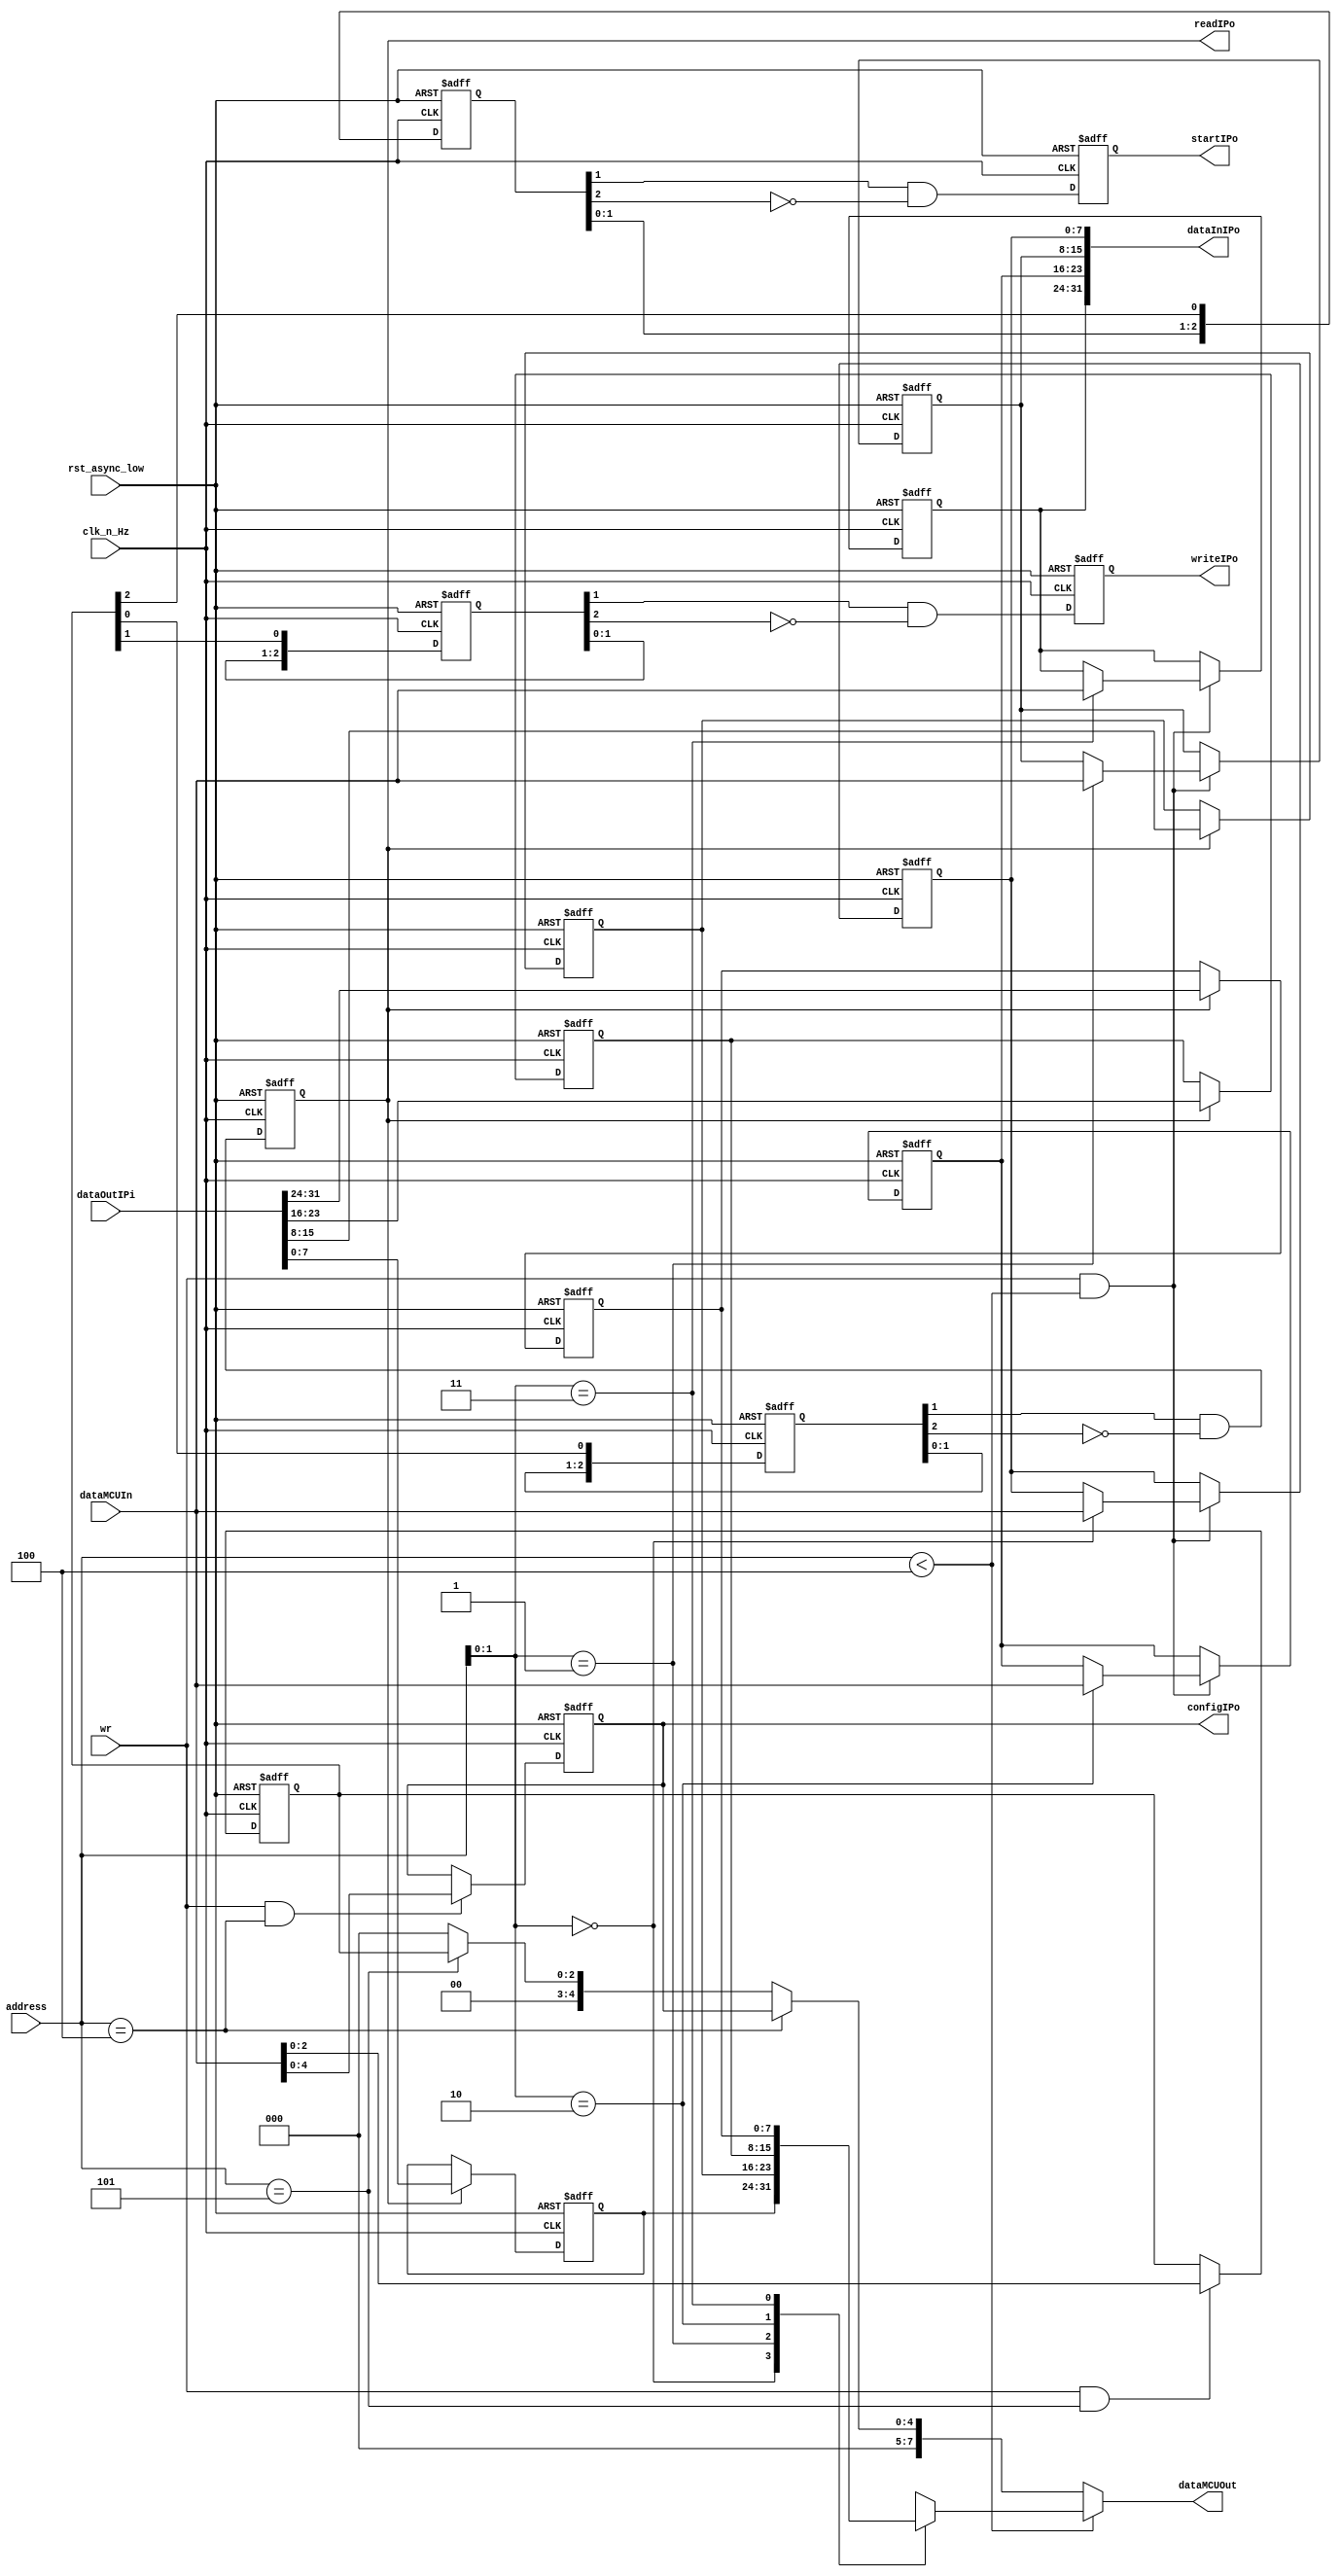
//  | Registers    | Addrs     | Size (bits)   |       
//  --------------------------------------------
//  | regDataIn    | 0 - 3     | 8             |
//  | regDataOut   | 0 - 3     | 8             |
//  | regConf      | 4         | 5             |
//  | regCtrl      | 5         | 3             |

//  | regCtrl               |
//  -------------------------
//  |   2   |   1   |   0   |
//  | START | WRITE | READ  |

module ipm_register
#(
    parameter DATA_WIDTH_MCU = 8,
    parameter ADDR_WIDTH = 4,
    parameter DATA_WIDTH_IP = 32,
    parameter CTRL_WIDTH = 3,
    parameter CONF_WIDTH = 5
)

(
    input                                   clk_n_Hz,
    input                                   rst_async_low,
    
    // MCU
    output  [DATA_WIDTH_MCU-1:0]            dataMCUOut,
    input   [DATA_WIDTH_MCU-1:0]            dataMCUIn,
    input                                   wr,
    input   [ADDR_WIDTH-1:0]                address,
    
    // IP
    output  [DATA_WIDTH_IP-1:0]             dataInIPo,
    output  [CONF_WIDTH-1:0]                configIPo,
    output                                  readIPo,
    output                                  writeIPo,
    output                                  startIPo,
    
    input   [DATA_WIDTH_IP-1:0]             dataOutIPi
    //input                                       INTstatusIPi
);

    reg     [DATA_WIDTH_MCU-1:0]            regDataIn   [0:3];
    reg     [DATA_WIDTH_MCU-1:0]            regDataOut  [0:3];
    reg     [CONF_WIDTH-1:0]                regConf;
    reg     [CTRL_WIDTH-1:0]                regCtrl;
    reg                                     enCtrl;
    reg     [2:0]                           edge_mem_wr;
    reg                                     regWRIP;
    reg     [2:0]                           edge_mem_rd;
    reg                                     regRDIP;
    reg     [2:0]                           edge_mem_st;
    reg                                     regSTIP;
    
    assign dataMCUOut = (address < 'd4)     ? regDataOut[address] :
                        (address == 'd4)    ? regConf   :
                        (address == 'd5)    ? regCtrl   : {DATA_WIDTH_MCU{1'b0}};

    // Dato del MCU hacia el IP
    always@(posedge clk_n_Hz or negedge rst_async_low) begin
        if (!rst_async_low) begin
            regDataIn [0] <= {DATA_WIDTH_MCU{1'b0}};
            regDataIn [1] <= {DATA_WIDTH_MCU{1'b0}};
            regDataIn [2] <= {DATA_WIDTH_MCU{1'b0}};
            regDataIn [3] <= {DATA_WIDTH_MCU{1'b0}};
        end
        else if(wr && address < 'd4)
            regDataIn [address] <= dataMCUIn;
    end
    
    assign dataInIPo = {regDataIn[3], regDataIn[2], regDataIn[1], regDataIn[0]};
    
    // Dato de la IP hacia el MCU
    always@(posedge clk_n_Hz or negedge rst_async_low) begin
        if (!rst_async_low) begin
            regDataOut [0] <= {DATA_WIDTH_MCU{1'b0}};
            regDataOut [1] <= {DATA_WIDTH_MCU{1'b0}};
            regDataOut [2] <= {DATA_WIDTH_MCU{1'b0}};
            regDataOut [3] <= {DATA_WIDTH_MCU{1'b0}};
        end
        else if(readIPo) begin
            regDataOut [0] <= dataOutIPi[7:0];
            regDataOut [1] <= dataOutIPi[15:8];
            regDataOut [2] <= dataOutIPi[23:16];
            regDataOut [3] <= dataOutIPi[31:24];
        end
    end

    // Config 
    always@(posedge clk_n_Hz or negedge rst_async_low) begin
        if (!rst_async_low)
            regConf <= {CONF_WIDTH{1'b0}};
        else if(wr && address == 'd4)
            regConf <= dataMCUIn[CONF_WIDTH-1:0];
    end
    
    assign configIPo = regConf;

    // Seales de control (RD, WR, START)
    always@(posedge clk_n_Hz or negedge rst_async_low) begin
        if (!rst_async_low) begin
            regCtrl <= {CTRL_WIDTH{1'b0}};
        end
        else if(wr && address == 'd5) begin
            regCtrl <= dataMCUIn[CTRL_WIDTH-1:0];
        end
    end
    
    always@(posedge clk_n_Hz or negedge rst_async_low) begin
        if(!rst_async_low) begin
            edge_mem_wr <= 3'b0;
            regWRIP <= 1'b0; 
        end
        else begin
            edge_mem_wr <= {edge_mem_wr[1:0],regCtrl[1]};
            regWRIP <= edge_mem_wr[1] && !edge_mem_wr[2]; 
        end
    end
    
    always@(posedge clk_n_Hz or negedge rst_async_low) begin
        if(!rst_async_low) begin
            edge_mem_rd <= 3'b0;
            regRDIP <= 1'b0; 
        end
        else begin
            edge_mem_rd <= {edge_mem_rd[1:0],regCtrl[0]};
            regRDIP <= edge_mem_rd[1] && !edge_mem_rd[2]; 
        end
    end
        
    always@(posedge clk_n_Hz or negedge rst_async_low) begin
        if(!rst_async_low) begin
            edge_mem_st <= 3'b0;
            regSTIP <= 1'b0; 
        end
        else begin
            edge_mem_st <= {edge_mem_st[1:0],regCtrl[2]}; //new_data es la seal de entrada
            regSTIP <= edge_mem_st[1] && !edge_mem_st[2]; 
        end
    end
    
    assign readIPo  = regRDIP;
    assign writeIPo = regWRIP;
    assign startIPo = regSTIP;

endmodule